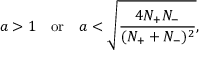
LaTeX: a > 1 \, \, \, \, \, \, \mathrm { o r } \, \, \, \, \, \, a < \sqrt { \frac { 4 N _ { + } N _ { - } } { ( N _ { + } + N _ { - } ) ^ { 2 } } } ,